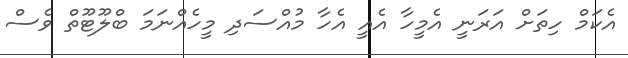
އެކަމް ހިތަށް އަރަނީ އެމީހާ އެއީ އެހާ މުއްސަދި މީހެއްނަމަ ބްލޫޓޫތް ވެސް